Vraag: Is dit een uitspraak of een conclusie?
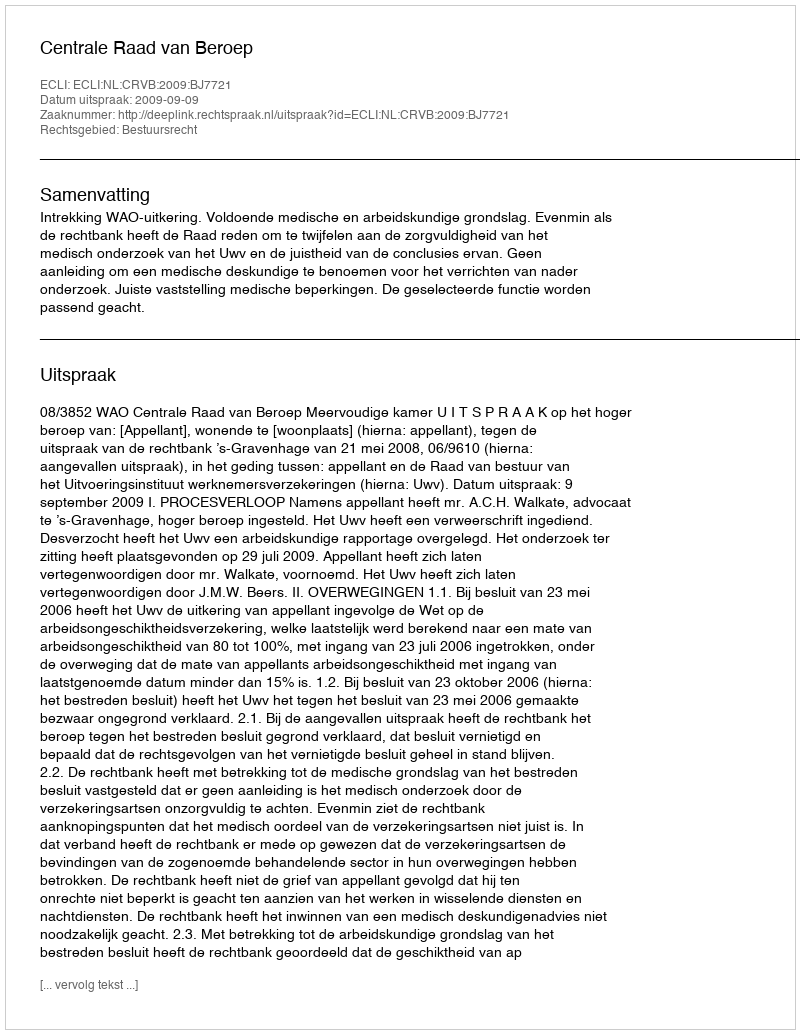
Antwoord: Uitspraak